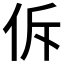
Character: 𪜲